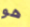
هو